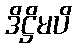
ဒိဋ္ဌိမပိ